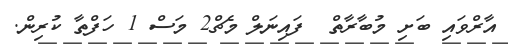
އާރްވައި ބަށި މުބާރާތް  ފައިނަލް މެޗް2 މަސް 1 ހަފްތާ ކުރިން.